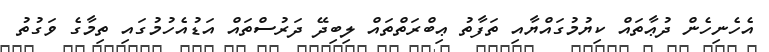
އެހެނިހެން ދުޢާތައް ކިޔުމުގައްޔާއި ތަފާތު ޢިބްރަތްތައް ލިބިދޭ ދަރުސްތައް އަޑުއެހުމުގައި ތިމާގެ ވަގުތު